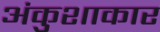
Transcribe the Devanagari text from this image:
अंकुशाकार